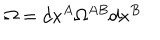
LaTeX: \Omega = d x ^ { A } \Omega ^ { A B } d x ^ { B }